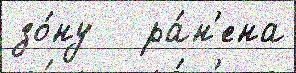
зо́ну   ра́н'ена